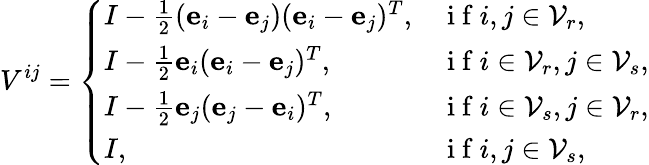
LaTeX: V^{ij}=\left\{ \begin{array}{ll}{I-\frac 12(\textbf{e}_{i}-\textbf{e}_{j})(\textbf{e}_{i}-\textbf{e}_{j})^{T},}&{\mathrm{~i~f~}i,j\in\mathcal{V}_{r},}\\ {I-\frac 12\textbf{e}_{i}(\textbf{e}_{i}-\textbf{e}_{j})^{T},}&{\mathrm{~i~f~}i\in\mathcal{V}_{r},j\in\mathcal{V}_{s},}\\ {I-\frac 12\textbf{e}_{j}(\textbf{e}_{j}-\textbf{e}_{i})^{T},}&{\mathrm{~i~f~}i\in\mathcal{V}_{s},j\in\mathcal{V}_{r},}\\ {I,}&{\mathrm{~i~f~}i,j\in\mathcal{V}_{s},}\end{array}\right.